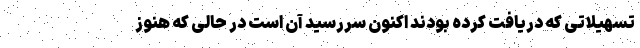
تسهیلاتی که دریافت کرده بودند اکنون سررسید آن است در حالی که هنوز